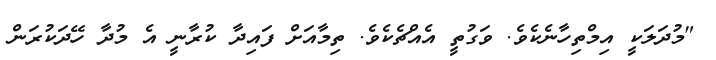
"މުދަލަކީ އިމްތިހާނެކެވެ. ވަގުތީ އެއްޗެކެވެ. ތިމާއަށް ފައިދާ ކުރާނީ އެ މުދާ ހޭދަކުރަން